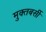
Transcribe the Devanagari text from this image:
मुक्तबर्सी